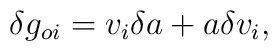
\delta g_{oi} = v_{i} \delta a + a \delta v_{i},